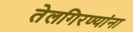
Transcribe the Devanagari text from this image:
तेलगिरण्यांना